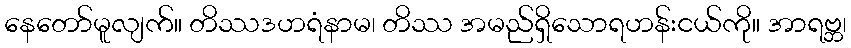
နေတော်မူလျက်။ တိဿဒဟရံနာမ၊ တိဿ အမည်ရှိသောရဟန်းငယ်ကို။ အာရဗ္ဘ၊